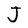
Character: J